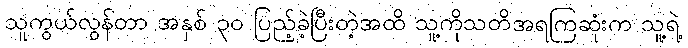
သူကွယ်လွန်တာ အနှစ် ၃၀ ပြည့်ခဲ့ပြီးတဲ့အထိ သူ့ကိုသတိအရကြဆုံးက သူ့ရဲ့